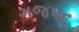
ગજપદ